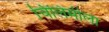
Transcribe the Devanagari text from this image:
चिलिमीला